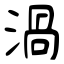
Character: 渦